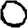
Digit: 0